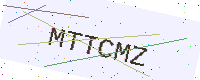
Text: MTTCMZ